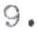
9.